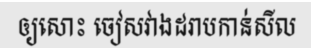
ឲ្យសោះ ចៀសវាងដរាបកាន់សីល